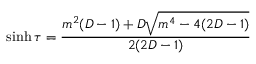
\sinh \tau = \frac { m ^ { 2 } ( D - 1 ) + D \sqrt { m ^ { 4 } - 4 ( 2 D - 1 ) } } { 2 ( 2 D - 1 ) }